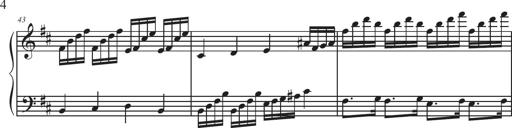
Title: Sonatina Espania
Composer: Jerald Franklin Archer
Key: Various